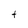
Character: t